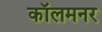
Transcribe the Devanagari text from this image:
कॉलमनर